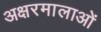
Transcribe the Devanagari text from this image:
अक्षरमालाओं